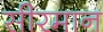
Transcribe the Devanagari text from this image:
सीरमान